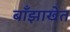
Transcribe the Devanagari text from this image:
बाँझाखेत